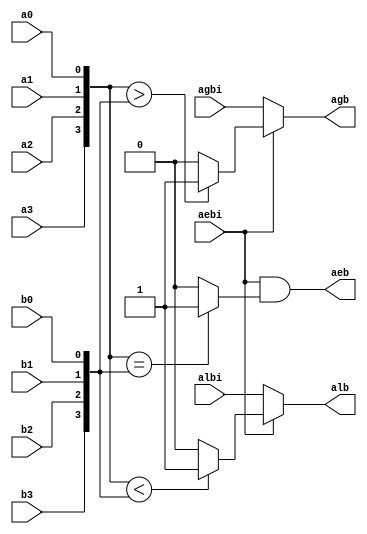
module mag4
(
	output	agb,
	output	aeb,
	output	alb,
	
	input		agbi,
	input		aebi,
	input		albi,
	
	input		a3,
	input		b3,
	input		a2,
	input		b2,
	input		a1,
	input		b1,
	input		a0,
	input		b0
);

wire [3:0] a;
wire [3:0] b;

wire agb_;
wire aeb_;
wire alb_;

assign a = {a3, a2, a1, a0};
assign b = {b3, b2, b1, b0};

assign agb_ = (a > b) ? 1'b1 : 1'b0;
assign aeb_ = (a == b) ? 1'b1 : 1'b0;
assign alb_ = (a < b) ? 1'b1 : 1'b0;


assign agb = aebi ? agb_ : agbi;
assign aeb = aebi & aeb_;
assign alb = aebi ? alb_ : albi;

endmodule